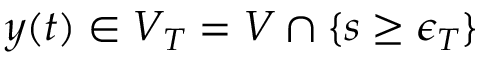
y ( t ) \in V _ { T } = V \cap \{ s \geq \epsilon _ { T } \}